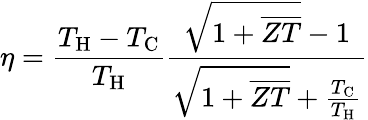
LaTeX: \eta=\frac{T_{\mathrm{H}}-T_{\mathrm{C}}}{T_{\mathrm{H}}}\frac{\sqrt{1+\overline{{ZT}}}-1}{\sqrt{1+\overline{{ZT}}}+\frac{T_{\mathrm{C}}}{T_{\mathrm{H}}}}